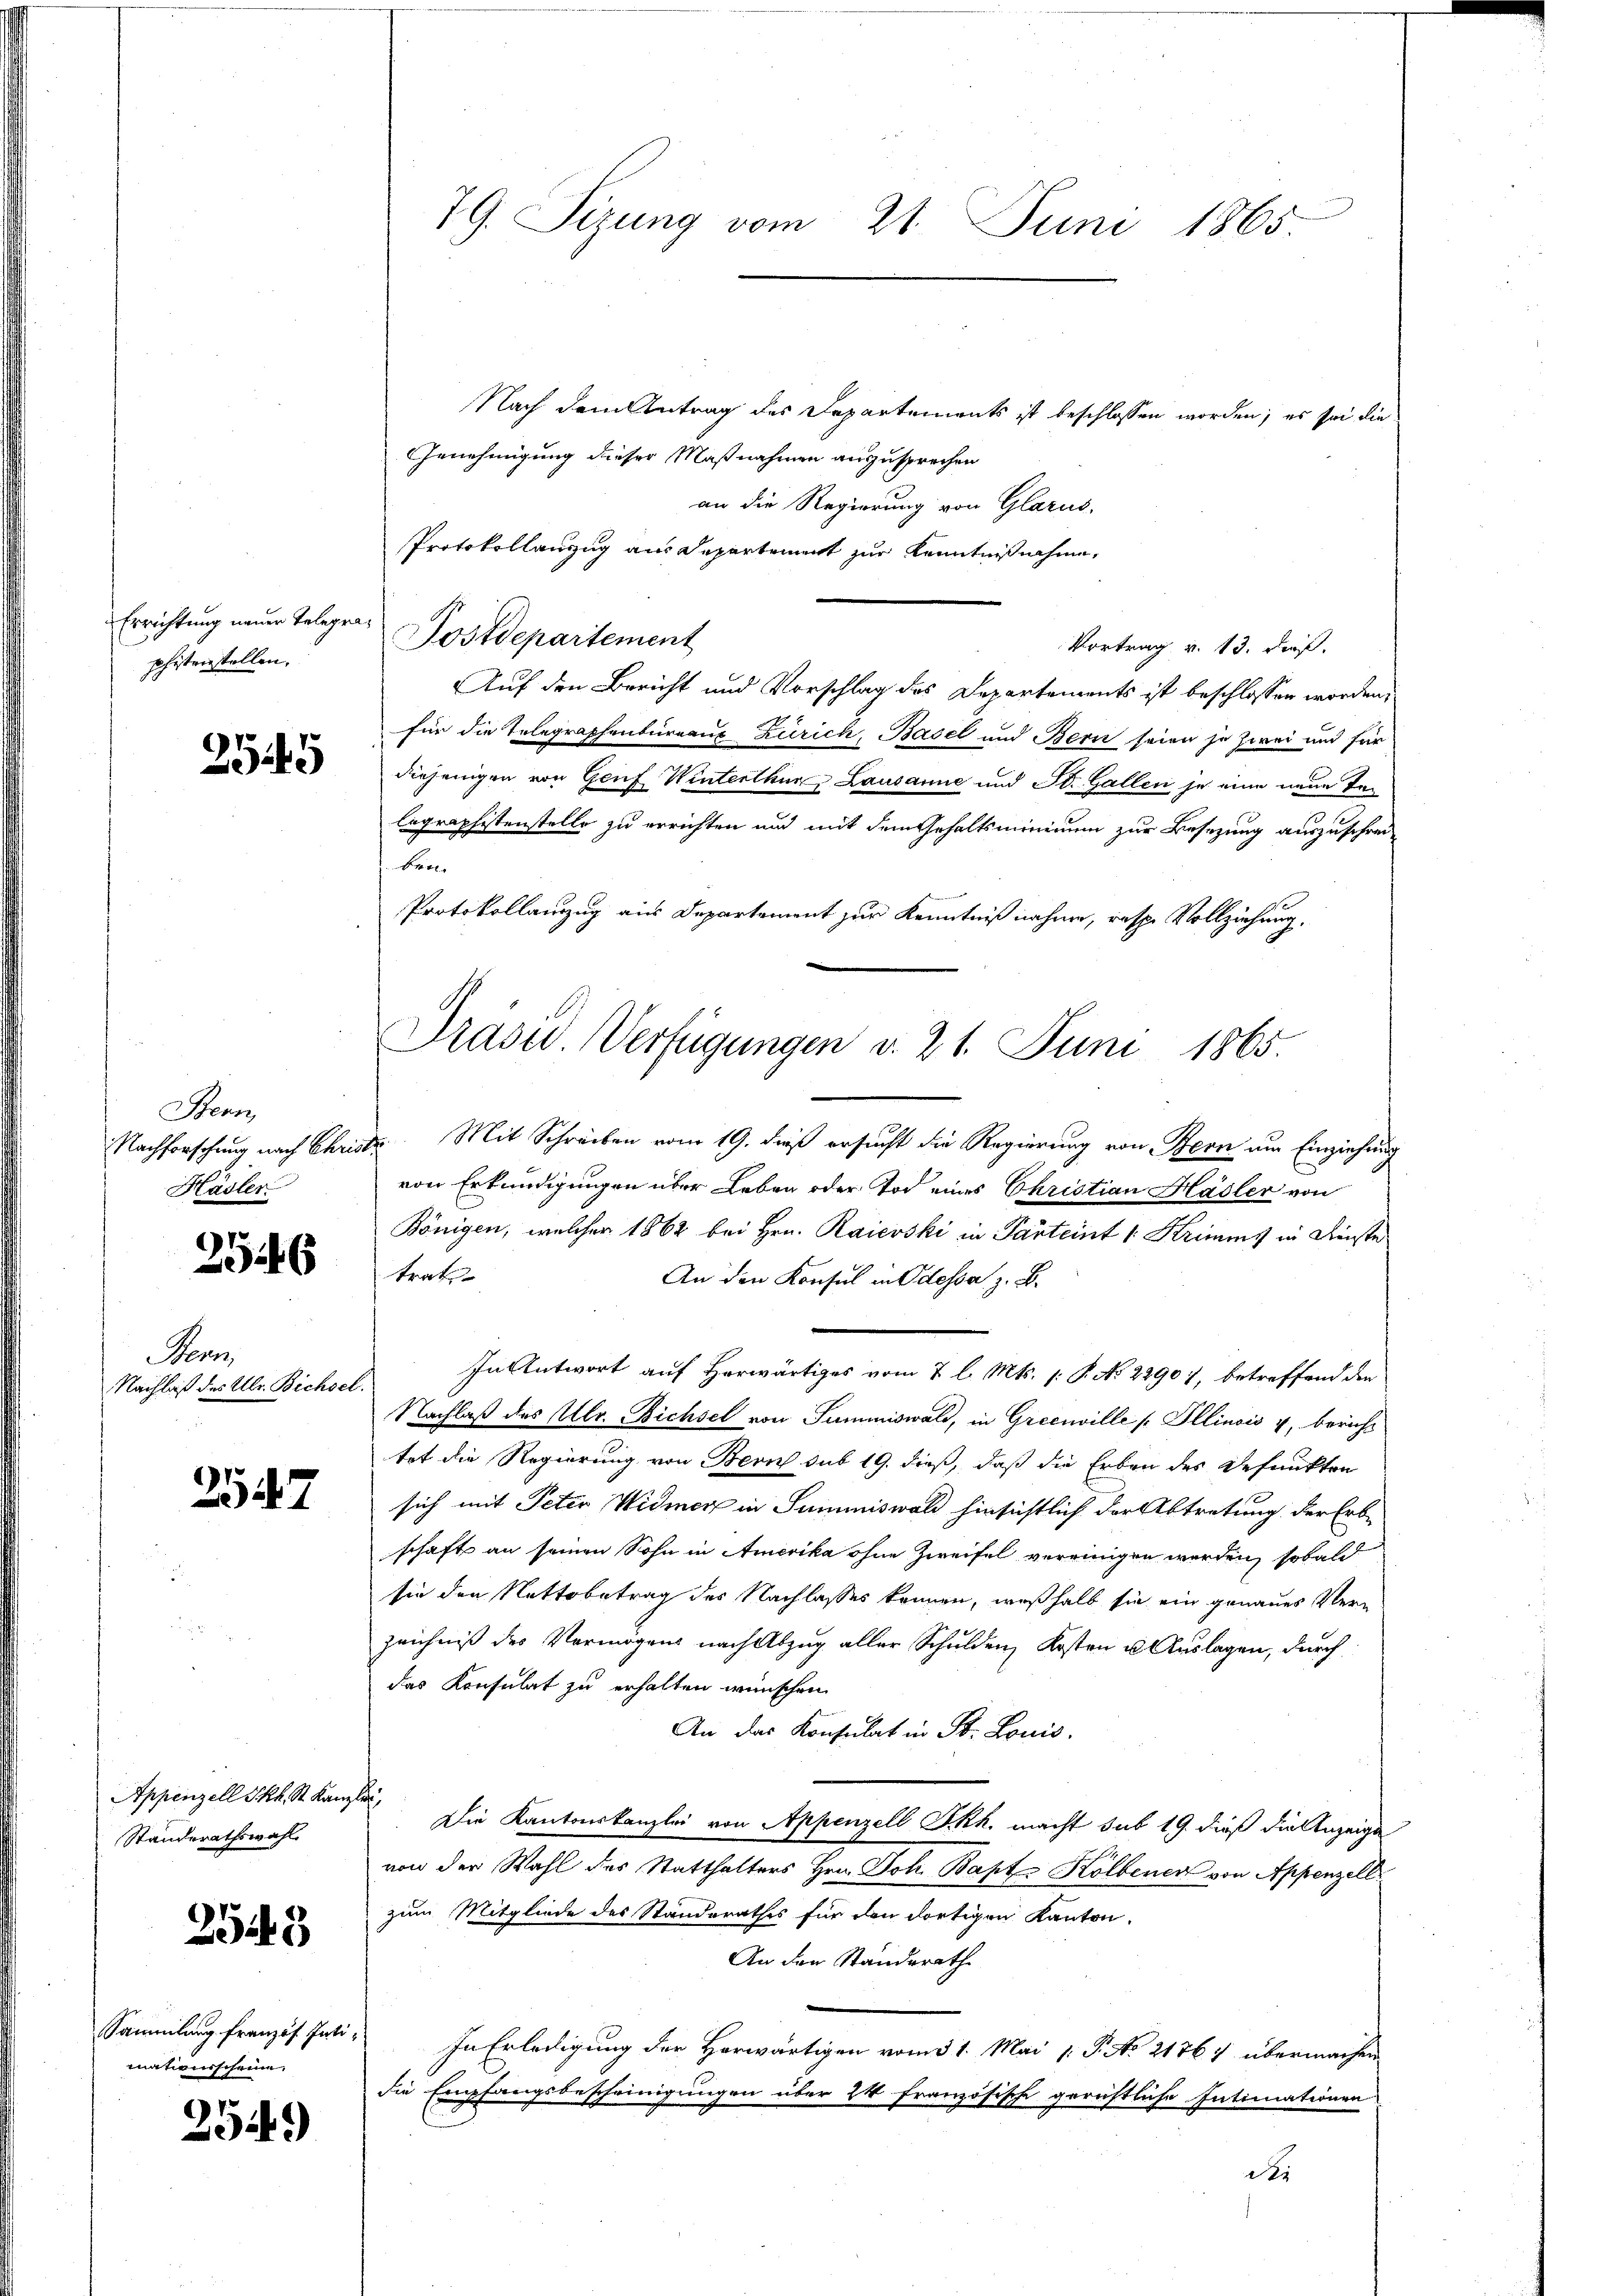
Errichtung neuer Telegr
phistenstellen.

2545

Stern,
Nachforschung nach Chris
Hasler

2546

Penz
Nachlaß des Ulr. Bichsel

27

Appenzell Skk. St. Kan
Standerathswahl

2543

Sammlung französ. Intimationsscheine.

2549)

79. Sizung vom 21. Juni 1865.

Nach dem Antrag des Departements ist beschlossen worden; es sei die
Genehmigung dieser Maßnahmen auszusprechen
an die Regierung von Glarus.
Protokollanzug aus Departement zur Kenntnißnahme,
Postdepartement
Vortrag v. 13. Dieß.
Auf den Bericht und Vorschlag des Departements ist beschlossen worden,
für die Telegraphenbureaus Zürich, Basel und Bern seien je zwei und für
diejenigen von Genf Winterthur, Lausanne und St. Gallen je eine neue Telegraphistenstelle zu errichten und mit dem Gehaltsminicum zur Besetzung auszuschreibin.
Protokollanzug aus Departement zur Kenntniß nahme, resp. Vollziehung.
Dr. Mit Schreiben vom 19. dieß ersucht die Regierung von Bern um Einziehung
von Erkundigungen über Leben oder Tod eines Christian Hasler von
Königen, welcher 1862 bei Hrn. Raierski in Parteint 1 Krimis in Fenste
trat
An den Konsul in Odessa z. B.
In Antwort auf Herwärtiges vom 7 l. Mts. (: P. No 22907, betreffend den
Nachlaß des Ulr. Bichsel von Summiswald, in Grecuville Illinois v. Bericht
tet die Regierung von Bern sub 19. dieß, daß die Erben des Defunkten
sich mit Peter Widmer in Summiswald hinsichtlich der Abtretung der Erb-
schaft an seinen Sohn in Amerika ohne Zweifel vereinigen werden, sobald
sie den Nettobetrag des Nachlasses können, weßhalb sie ein genaues Verzeichniß des Vermögens nach Abzug aller Schulden, Kosten u. Auslagen, durch
das Konsulat zu erhalten wünschen.
An das Konsulat in St. Louis.
 Die Kantonskanzlei von Appenzell I.Rh. macht sub 19. dieß die Anzeige
von der Wahl des Statthalters Hrn. Joh. Bapt. Kölbener von Appenzell
zum Mitgliede des Standerathes für den dortigen Kanton
An den Standsrath
In Erledigung der Horwärtigen vom 31. Mai v. P. No 21764 übermachen
die Empfangsbescheinigungen über 24 französische gerichtliche Intimationen
der

Präsid. Verfügungen v. 21. Juni 1865.